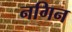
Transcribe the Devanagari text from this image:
नगिन